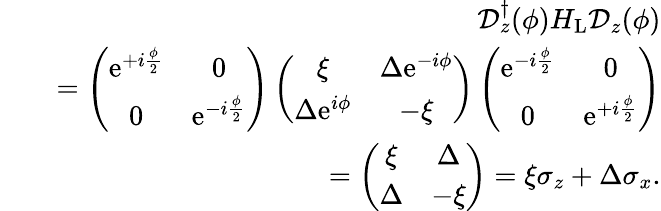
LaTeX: \begin{array}{rlr}&{}&{\mathcal{D}_{z}^{\dagger}(\phi)H_{\mathrm{L}}\mathcal{D}_{z}(\phi)}\\ &{}&{=\left(\begin{array}{cc}{\mathrm{e}^{+i\frac{\phi}{2}}}&{0}\\ {0}&{\mathrm{e}^{-i\frac{\phi}{2}}}\end{array}\right)\left(\begin{array}{cc}{\xi}&{\Delta\mathrm{e}^{-i\phi}}\\ {\Delta\mathrm{e}^{i\phi}}&{-\xi}\end{array}\right)\left(\begin{array}{cc}{\mathrm{e}^{-i\frac{\phi}{2}}}&{0}\\ {0}&{\mathrm{e}^{+i\frac{\phi}{2}}}\end{array}\right)}\\ &{}&{=\left(\begin{array}{cc}{\xi}&{\Delta}\\ {\Delta}&{-\xi}\end{array}\right)=\xi\sigma_{z}+\Delta\sigma_{x}.}\end{array}